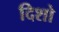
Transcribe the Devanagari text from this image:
दिशो